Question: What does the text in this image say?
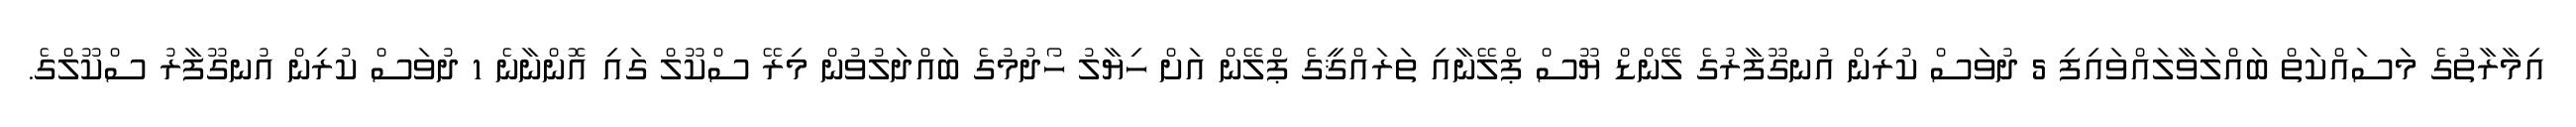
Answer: އިމާރާތުގެ މަސައްކަތް ބައްލަވާލައްވައިފި 5 ދުވަސް ކުރިން އުނގޫފާރުގެ ލޭންޑް ޔޫސް ޕްލޭނާއި ތަރައްޤީގެ ޕްލޭން އަށް ހިޔާލު ހޯދުމުގެ ބައްދަލުވުން މިރޭ ސްކޫލް ގައި އޮންނާނެ 1 ދުވަސް ކުރިން އުނގޫފާރު ސްކޫލްގެ.